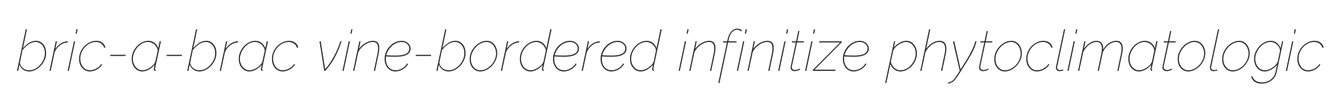
bric-a-brac vine-bordered infinitize phytoclimatologic